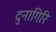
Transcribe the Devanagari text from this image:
दुनागिरि